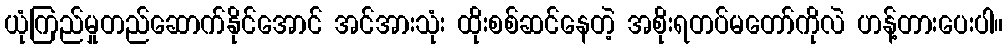
ယုံကြည်မှုတည်ဆောက်နိုင်အောင် အင်အားသုံး ထိုးစစ်ဆင်နေတဲ့ အစိုးရတပ်မတော်ကိုလဲ ဟန့်တားပေးပါ။